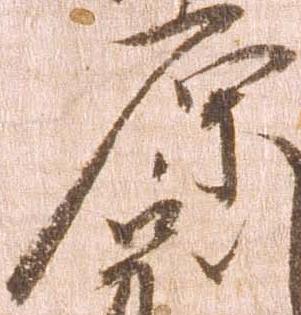
原